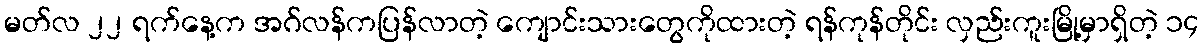
မတ်လ ၂၂ ရက်နေ့က အဂ်လန်ကပြန်လာတဲ့ ကျောင်းသားတွေကိုထားတဲ့ ရန်ကုန်တိုင်း လှည်းကူးမြို့မှာရှိတဲ့ ၁၄